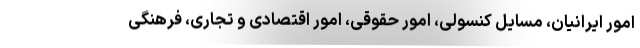
امور ایرانیان، مسایل کنسولی، امور حقوقی، امور اقتصادی و تجاری، فرهنگی